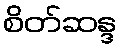
စိတ်ဆန္ဒ